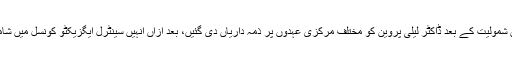
ایم کیو ایم میں شمولیت کے بعد ڈاکٹر لیلیٰ پروین کو مختلف مرکزی عہدوں پر ذمہ داریاں دی گئیں، بعد ازاں انہیں سینٹرل ایگزیکٹو کونسل میں شامل کیا گیا تھا۔